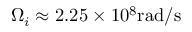
\Omega _ { i } \approx 2 . 2 5 \times 1 0 ^ { 8 } \mathrm { r a d / s }